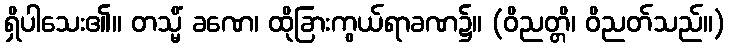
ရှိပါသေး၏။ တသ္မိံ ခဏေ၊ ထိုခြားကွယ်ရာခဏ၌။ (ဝိညတ္တိ၊ ဝိညတ်သည်။)